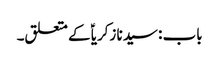
باب : سیدنا زکریاؑ کے متعلق۔